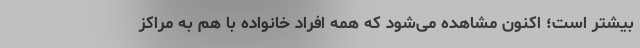
بیشتر است؛ اکنون مشاهده می‌شود که همه افراد خانواده با هم به مراکز